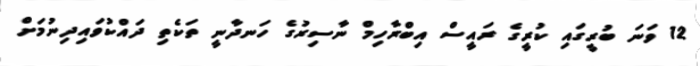
12 ވަނަ ބުރީގައި ކުރީގެ ރައީސް އިބްރާހިމް ނާސިރުގެ ހަނދާނީ ތަކެތި ދައްކުވައިދިނުމަށް